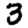
Digit: 3